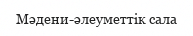
Мәдени-әлеуметтік сала